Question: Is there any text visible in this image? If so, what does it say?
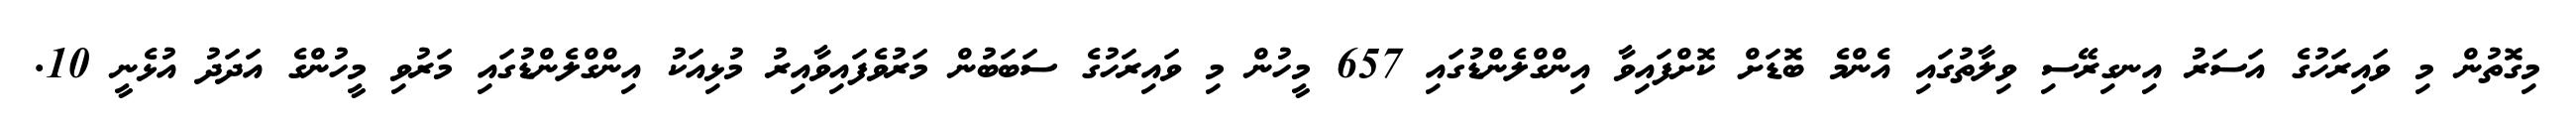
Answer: މިގޮތުން މި ވައިރަހުގެ އަސަރު އިނގިރޭސި ވިލާތުގައި އެންމެ ބޮޑަށް ކޮށްފައިވާ އިންގްލެންޑުގައި 657 މީހުން މި ވައިރަހުގެ ސަބަބުން މަރުވެފައިވާއިރު މުޅިއަކު އިންގްލެންޑުގައި މަރުވި މީހުންގެ އަދަދު އުޅެނީ 10.